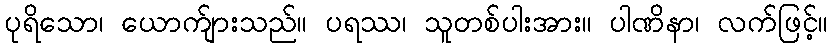
ပုရိသော၊ ယောက်ျားသည်။ ပရဿ၊ သူတစ်ပါးအား။ ပါဏိနာ၊ လက်ဖြင့်။